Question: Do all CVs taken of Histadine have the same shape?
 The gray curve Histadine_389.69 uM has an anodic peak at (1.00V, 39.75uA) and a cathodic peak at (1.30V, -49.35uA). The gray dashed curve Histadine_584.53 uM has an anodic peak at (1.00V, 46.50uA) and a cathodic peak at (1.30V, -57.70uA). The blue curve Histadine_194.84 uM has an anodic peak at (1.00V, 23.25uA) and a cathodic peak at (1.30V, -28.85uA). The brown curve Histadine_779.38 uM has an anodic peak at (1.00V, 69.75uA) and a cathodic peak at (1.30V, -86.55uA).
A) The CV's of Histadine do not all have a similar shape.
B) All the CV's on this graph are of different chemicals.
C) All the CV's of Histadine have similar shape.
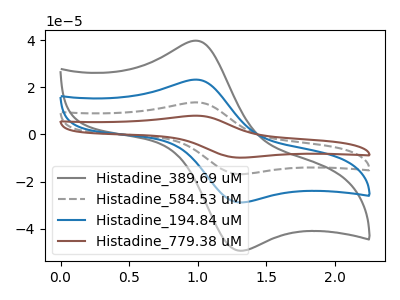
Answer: <think>All the peaks in "Histadine_389.69 uM" have a peak in "Histadine_584.53 uM" at the same potential. Every peak in "Histadine_389.69 uM" is lower than every peak in "Histadine_584.53 uM". All the peaks in "Histadine_389.69 uM" have a peak in "Histadine_194.84 uM" at the same potential. Every peak in "Histadine_389.69 uM" is higher than every peak in "Histadine_194.84 uM". All the peaks in "Histadine_389.69 uM" have a peak in "Histadine_779.38 uM" at the same potential. Every peak in "Histadine_389.69 uM" is lower than every peak in "Histadine_779.38 uM". All the peaks in "Histadine_584.53 uM" have a peak in "Histadine_194.84 uM" at the same potential. Every peak in "Histadine_584.53 uM" is higher than every peak in "Histadine_194.84 uM". All the peaks in "Histadine_584.53 uM" have a peak in "Histadine_779.38 uM" at the same potential. Every peak in "Histadine_584.53 uM" is lower than every peak in "Histadine_779.38 uM". All the peaks in "Histadine_194.84 uM" have a peak in "Histadine_779.38 uM" at the same potential. Every peak in "Histadine_194.84 uM" is lower than every peak in "Histadine_779.38 uM".
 </think>
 <answer>C) All the CV's of "Histadine" have similar shape.</answer>
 <eval>C</eval>